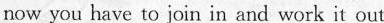
now you have to join in and work it out